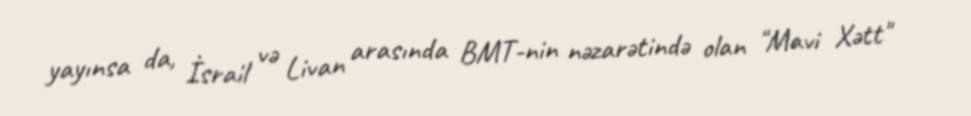
yayınsa da, İsrail və Livan arasında BMT-nin nəzarətində olan "Mavi Xətt"